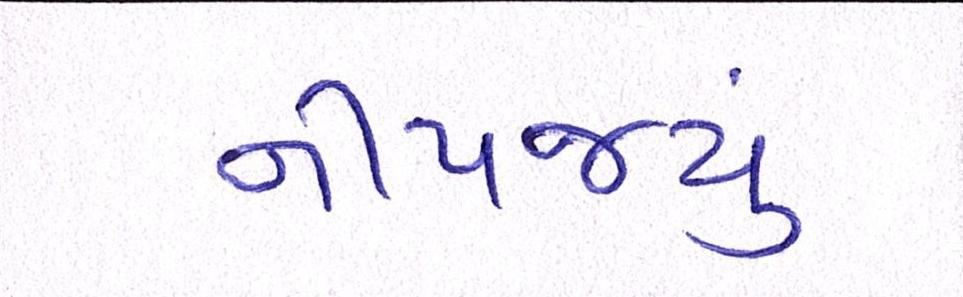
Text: નીપજ્યું